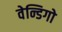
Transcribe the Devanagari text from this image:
वेन्डिगो